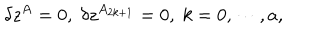
LaTeX: \delta z ^ { A } = 0 , \; \delta z ^ { A _ { 2 k + 1 } } = 0 , \; k = 0 , \cdots , a ,